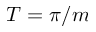
T = \pi / m